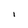
Character: I